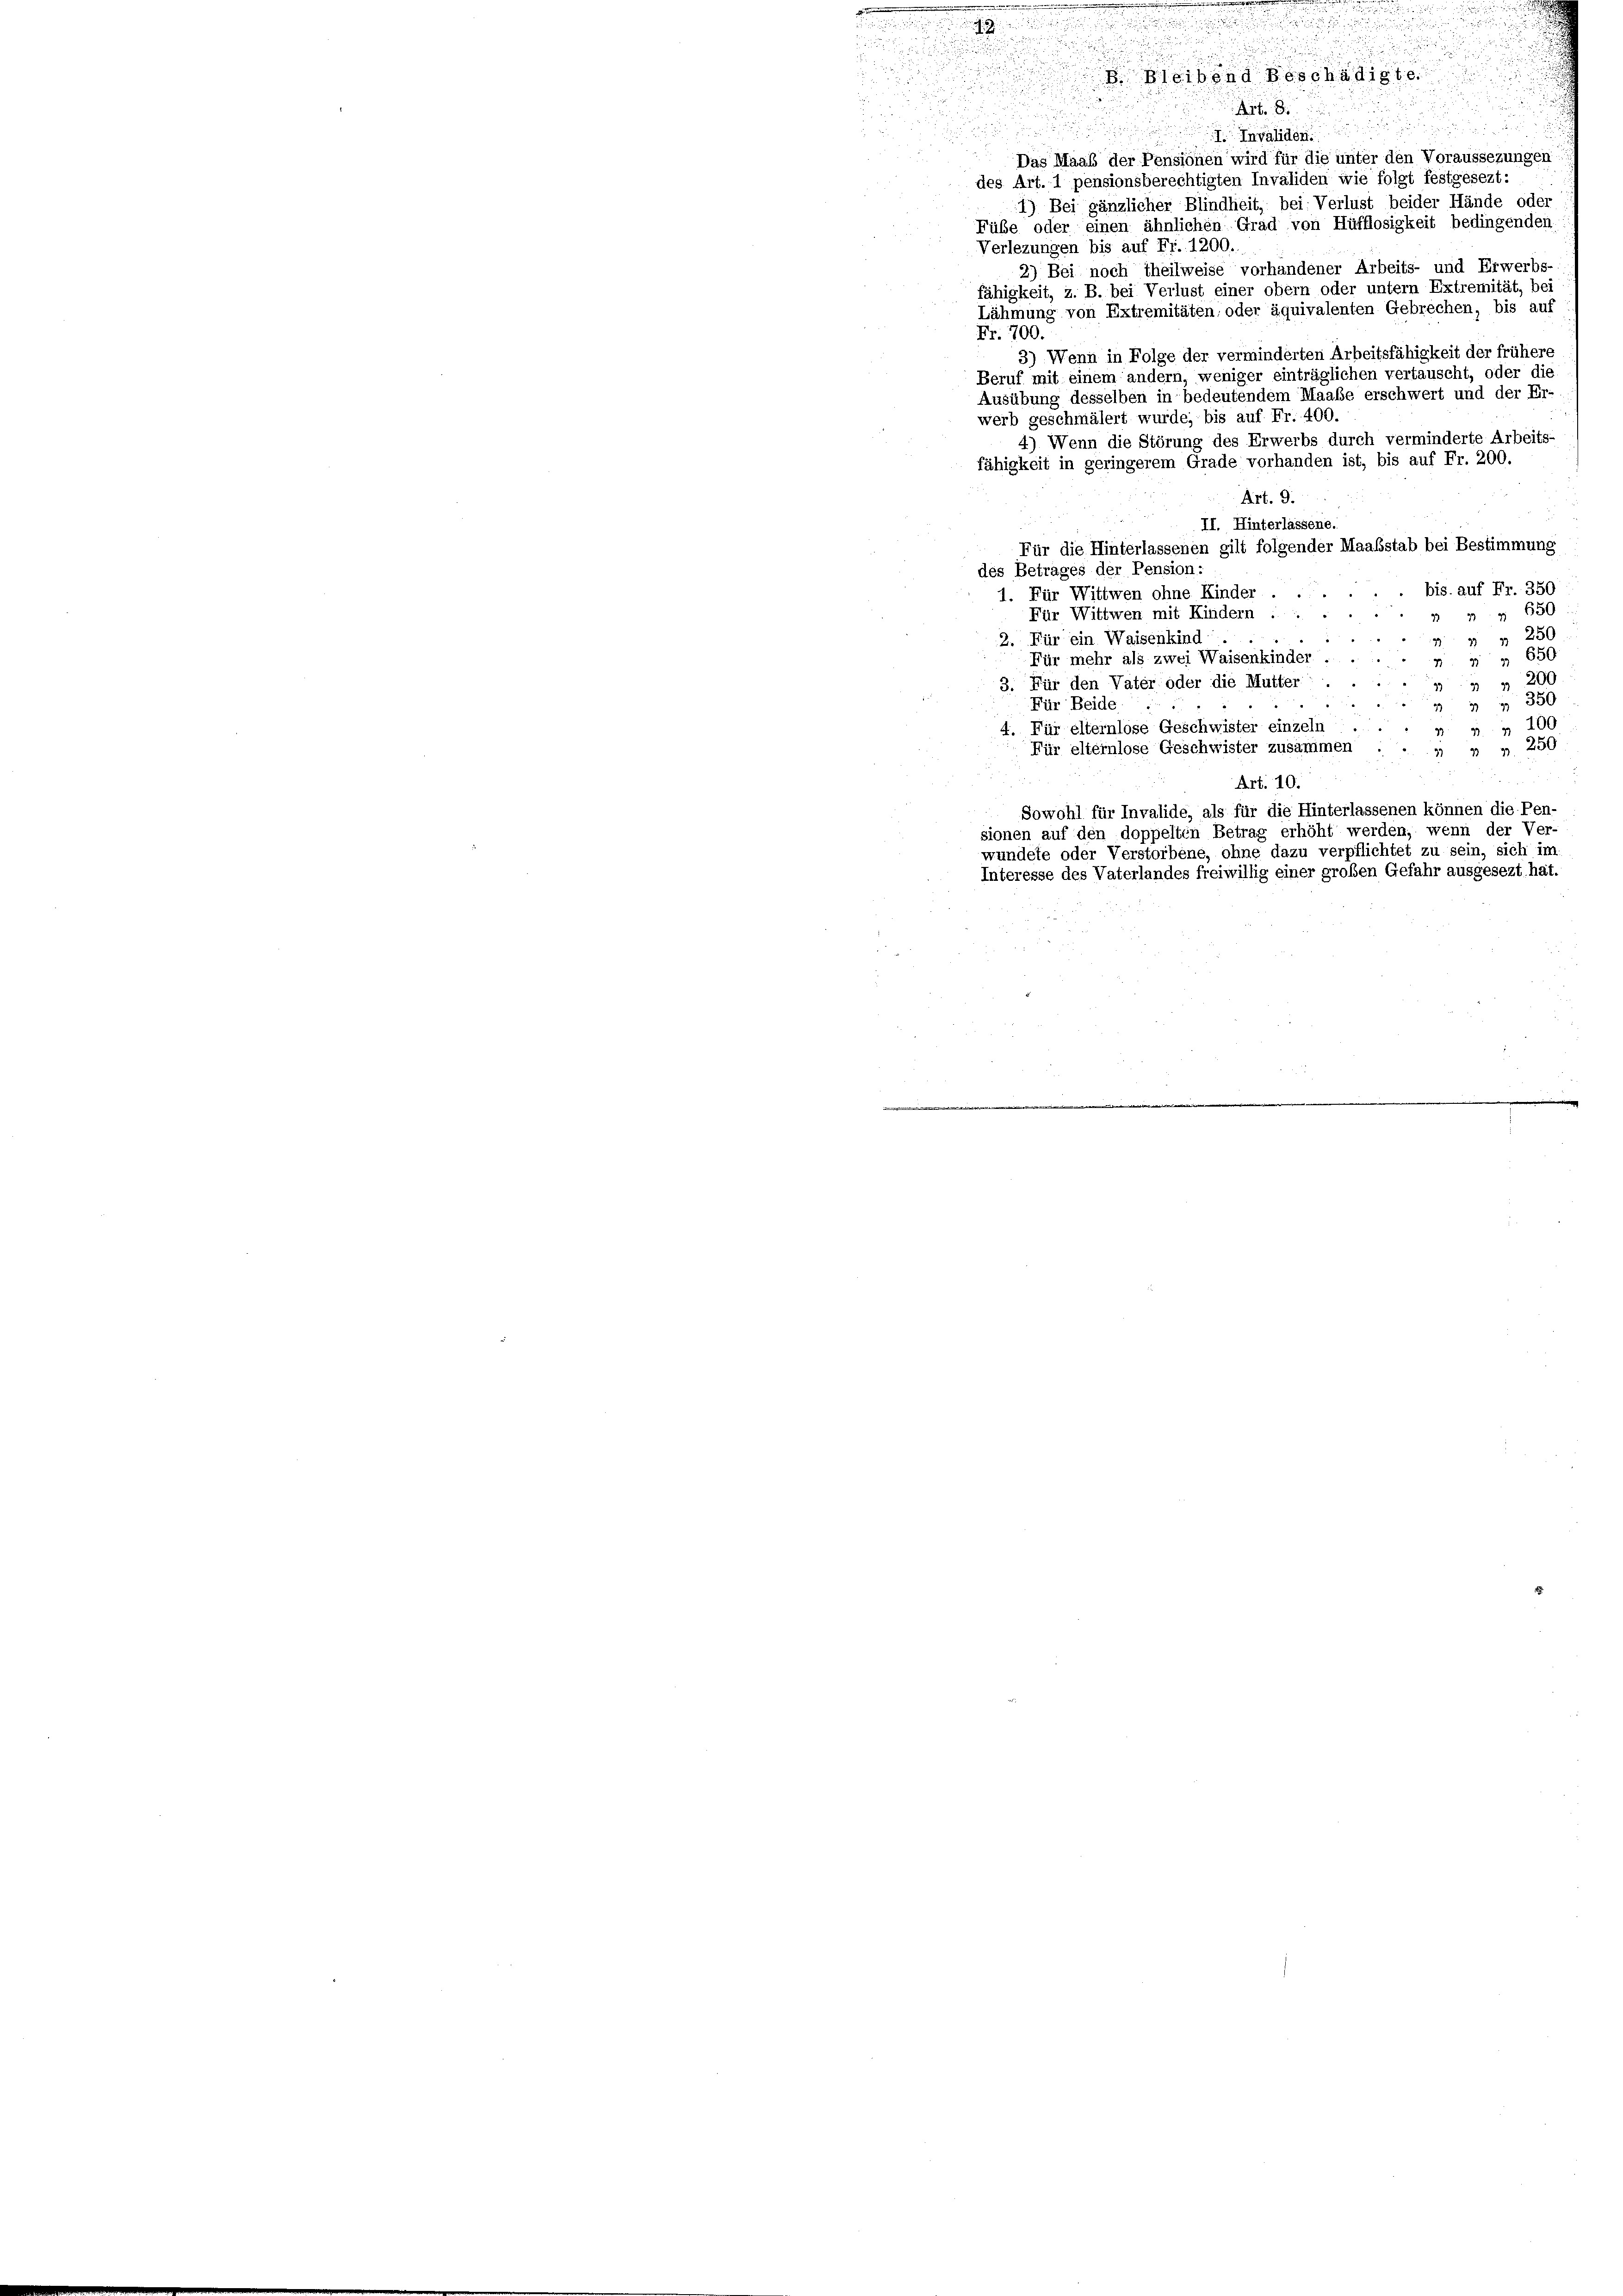
2

Art. 8

I. Invaliden

i
Das Maab der Pensionen wird für die unter den Voraussezungen
des Art. 1 pensionsberechtigten Invaliden wie folgt festgesezt:
1) Bei gänzlicher Blindheit, bei: Verlust beider Hände oder
Fübe oder einen ähnlichen Grad von Hüfflosigkeit bedingenden
Verlezungen bis auf Fr. 1200.
2) Bei noch theilweise vorhandener Arbeits- und Erwerbs-
fähigkeit, z. B. bei Verlust einer obern oder untern Extremität, bei
Lähmung von Extremitäten, oder äquivalenten Gebrechen, bis auf
Fr. 700.
3) Wenn in Folge der verminderten Arbeitsfähigkeit der frühere
Beruf mit einem andern, weniger einträglichen vertauscht, oder die
Ausübung desselben in bedeutendem Maaße erschwert und der Er-
werb geschmälert wurde; bis auf Fr. 400.
4) Wenn die Störung des Erwerbs durch verminderte Arbeits-
fähigkeit in geringerem Grade vorhanden ist, bis auf Fr. 200.
Art. 9.
II. Hinterlassene.
Für die Hinterlassenen gilt folgender Maaßstab bei Bestimmung
des Betrages der Pension:
.. bis auf Fr. 350
1. Für Wittwen ohne Kinder
2 2 § 650
Für Wittwen mit Kindern :
  251
2. Für ein Waisenkind . .
1 " 650.
Für mehr als zwei Waisenkinder . .
3 200
3. Für den Vater oder die Mutter
   350
Für Beide
31 n 100
Für elternlose Geschwister einzeln
Für elternlose Geschwister zusammen . . „ „ „ 250

Art. 10.
Sowohl für Invalide, als für die Hinterlassenen können die Pen-
sionen auf den doppelten Betrag erhöht werden, wenn der Ver-
wundete oder Verstorbene, ohne dazu verpflichtet zu sein, sich im
Interesse des Vaterlandes freiwillig einer großen Gefahr ausgesezt hat.

.

un und

¬

2

B. Bleibend Beschädigte.